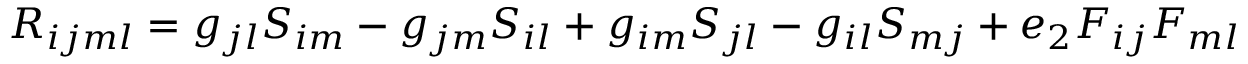
R _ { i j m l } = g _ { j l } S _ { i m } - g _ { j m } S _ { i l } + g _ { i m } S _ { j l } - g _ { i l } S _ { m j } + e _ { 2 } F _ { i j } F _ { m l }